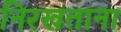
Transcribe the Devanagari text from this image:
निरखताना